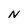
Character: N